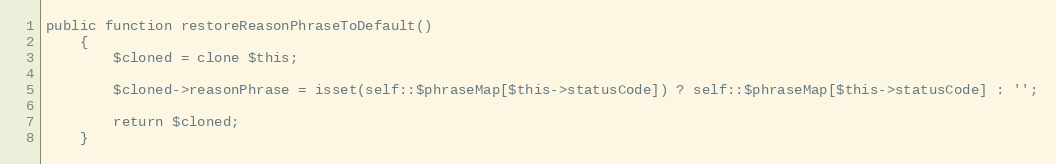
Language: PHP
public function restoreReasonPhraseToDefault()
    {
        $cloned = clone $this;

        $cloned->reasonPhrase = isset(self::$phraseMap[$this->statusCode]) ? self::$phraseMap[$this->statusCode] : '';

        return $cloned;
    }